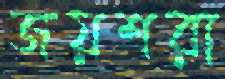
জয়শরা